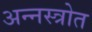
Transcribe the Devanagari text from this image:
अन्नस्त्रोत